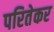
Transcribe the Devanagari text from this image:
परितेकर